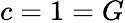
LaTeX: c=1=G